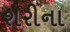
શરીના